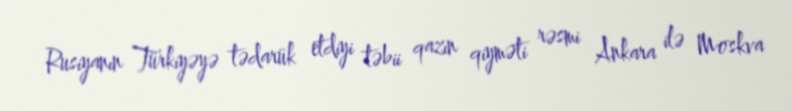
Rusiyanın Türkiyəyə tədarük etdiyi təbii qazın qiyməti rəsmi Ankara ilə Moskva